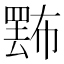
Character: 𢅄